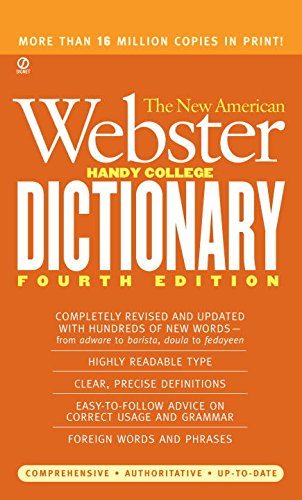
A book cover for New American Webster Handy College Dictionary, 4th Edition (NewlyRevised); Philip D. Morehead; Reference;